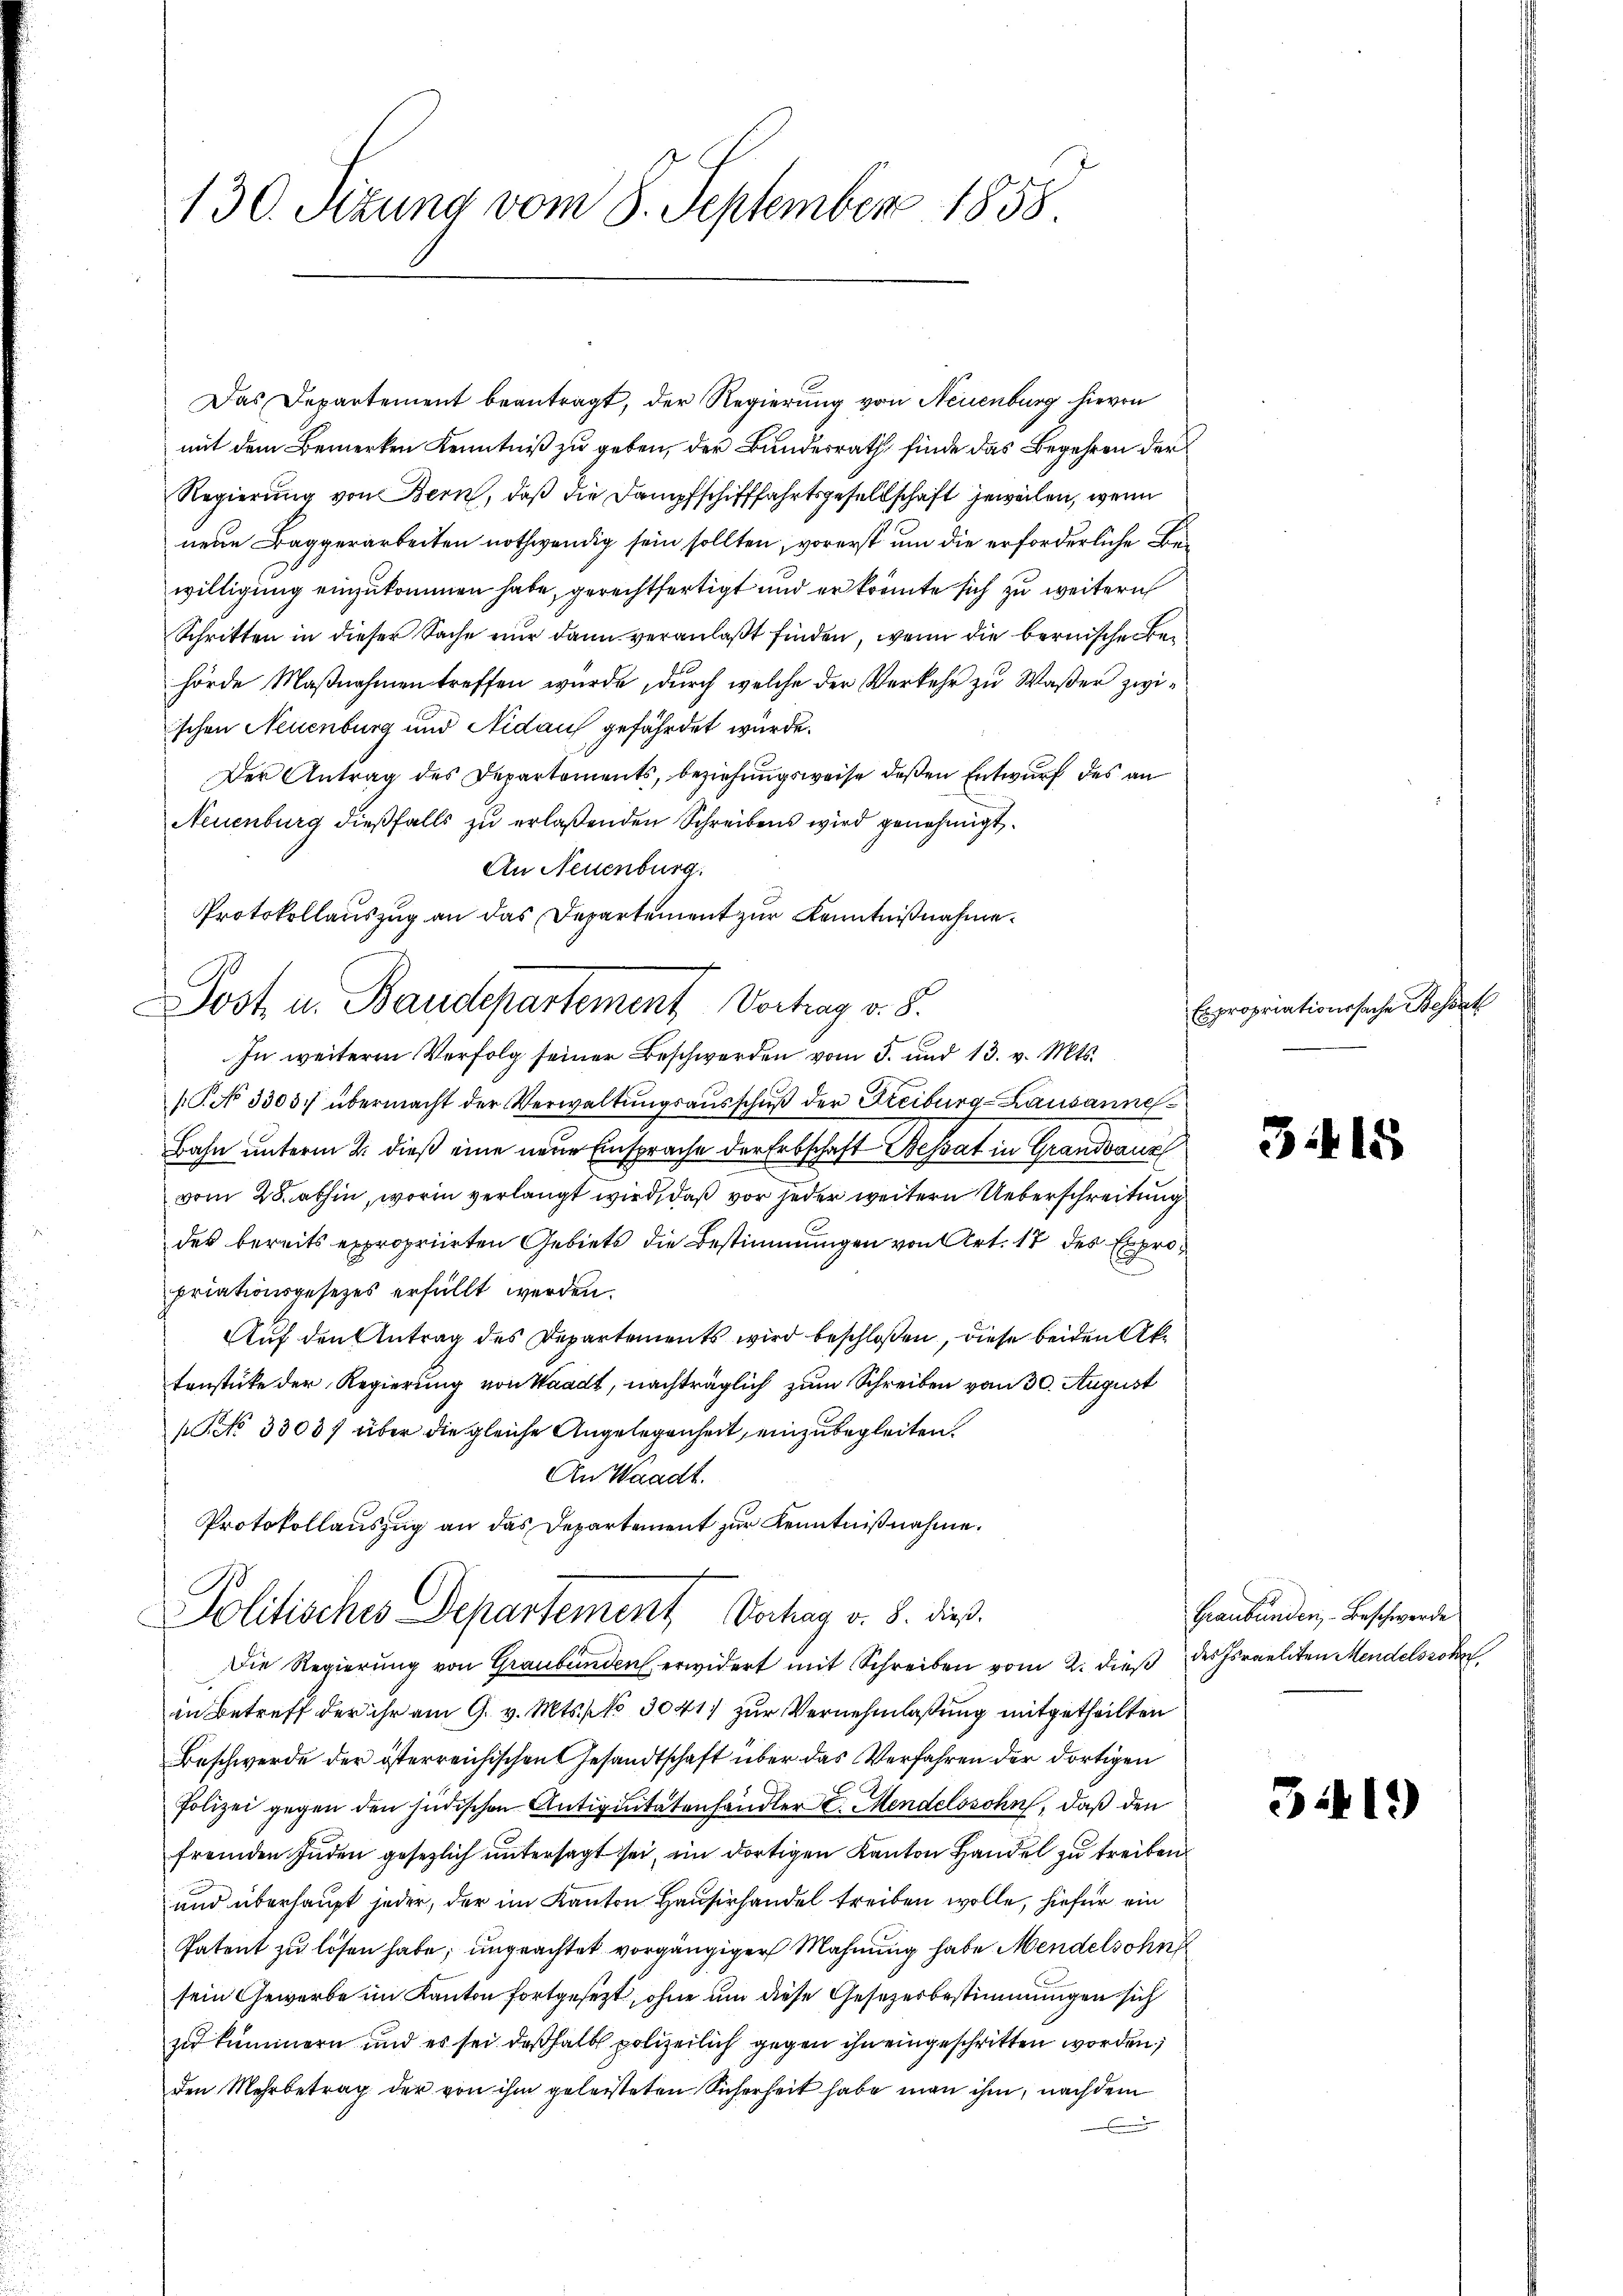
130. Sizung vom 8. September 1858.

Das Departement beantragt, der Regierung von Neuenburg hievon
mit dem Bemerken Kenntniß zu geben, der Bundesrath finde das Begehren der
Regierung von Bern, daß die Dampfschifffahrtsgesellschaft jeweilen, wenn
neue Baggerarbeiten nothwendig sein sollten, vorerst um die erforderliche Bewilligung einzukommen habe, gerechtfertigt und er könnte sich zu weitern
Schritten in dieser Sache nur dann veranlaßt finden, wenn die bernische Behörde Maßnahmen treffen wurde, durch welche der Verkehr zu Waßer zwischen Neuenburg und Nidau gefährdet wurde.
Der Antrag des Departements, beziehungsweise deßen Entwurf des an
Neuenburg dießfalls zu erlaßenden Schreibens wird genehmigt.
An Neuenburg.
Protokollauszug an das Departement zur Kenntnißnahme.
Jost u. Baudepartement Vortrag v. 8.
In weitere Verfolg seiner Beschwerden vom 5. und 13. v. Mts.
[P. No 3303 übermacht der Verwaltungsausschuß der Freiburg-Lausannes¬
Bahn unterm 2. dieß eine neue Einsprache der Erbschaft Besat in Grandvanz
vom 28. abhin, worin verlangt wird, daß vor jeder weitern Ueberschreitung
der bereits expropriirten Gebiets die Bestimmungen von Art. 17 des Expropriationsgesetzes erfüllt werden.
Auf den Antrag des Departements wird beschloßen, diese beiden Aktenstücke der Regierung von Waadt, nachträglich zum Schreiben vom 30. August
[No 33037 über die gleiche Angelegenheit, einzubegleiten.
An Waadt.
Protokollauszug an das Departement zur Kenntnißnahme.

Politisches Departement Vahag v. 8. dieß

Die Regierung von Graubünden erwidert mit Schreiben vom 2. dieß des Israeliten Mendelsrohe
in Betreff der ihr am 9. v. Mts. pr 30411 zur Vernehmlassung mitgetheilten
Beschwerde der österreichischen Gesandtschaft über das Verfahren der dortigen
Polizei gegen den jüdischen Antiquitatenhändler E. Mendelssohn, daß den
fremden Inden gesezlich untersagt sei, im dortigen Kanton Handel zu treiben
und überhaupt jeder, der im Kanton Hausirhandel treiben wolle, hiefür ein
Patent zu lösen habe, ungeachtet vorgängiger Mahnung habe Mendelsohn
sein Gewerbe im Kanton fortgesezt, ohne um diese Gesetzesbestimmungen sich
zu kummern und es sei deßhalb polizeilich gegen ihn eingeschritten worden;
den Mehrbetrag der von ihm geleisteten Sicherheit habe man ihm, nachdem

Expropriationssache Besat

3415

Graubünden Beschwerde

3419)